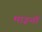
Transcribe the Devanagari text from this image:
माइनों